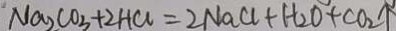
N a _ { 2 } C O _ { 3 } + 2 H C l = 2 N a C l + H _ { 2 } O + C O _ { 2 } \uparrow